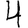
Digit: 4